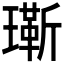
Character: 𬎔